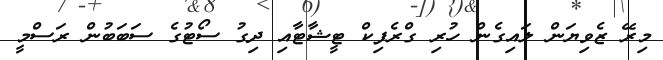
މިރޭ ޒެވިޔަން ލައިގެން ހުރި ގްރެފިކް ޓީޝާޓާއި ދިގު ސޯޓުގެ ސަބަބުން ރަސްމީ